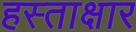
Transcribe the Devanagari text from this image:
हस्ताक्षार